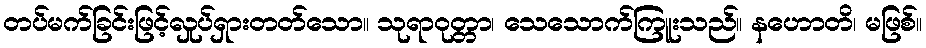
တပ်မက်ခြင်းဖြင့်လှုပ်ရှားတတ်သော။ သုရာဝုတ္တာ၊ သေသောက်ကြူးသည်။ နဟောတိ၊ မဖြစ်။